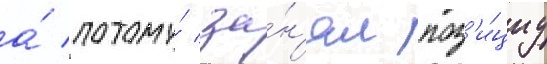
а́ потому́ за́н'ял поз'и́циу